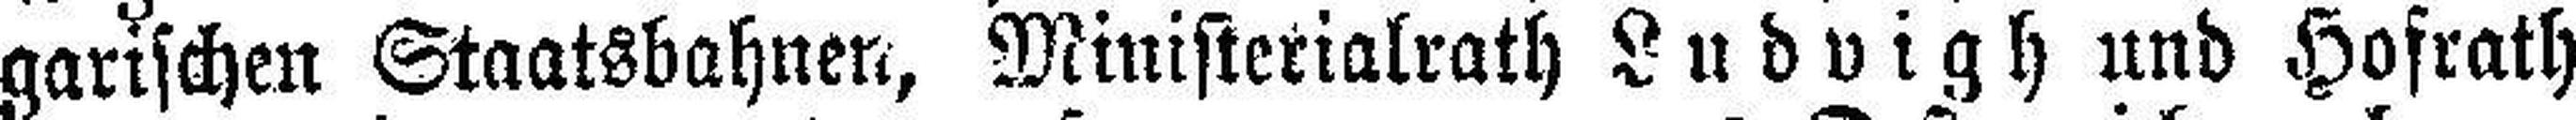
garischen Staatsbahner, Ministerialrath Ludvigh und Hofrath